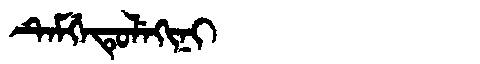
Manchu: ᡨᡝᠮᡤᡝᡨᡠᠯᡝᡴᡳᠨᡳ
Romanization: TEMGETULEKINI